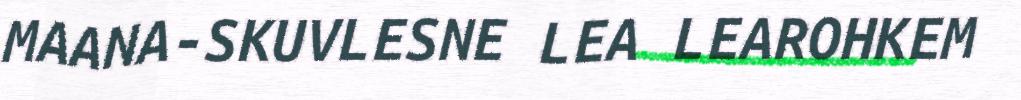
MAANA-SKUVLESNE LEA LEAROHKEM